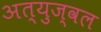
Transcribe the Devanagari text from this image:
अत्युज्वल